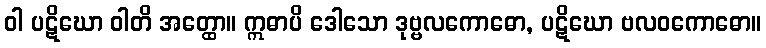
ဝါ ပဋိဃော ဝါတိ အတ္ထော။ ဣဓာပိ ဒေါသော ဒုဗ္ဗလကောဓော, ပဋိဃော ဗလဝကောဓော။